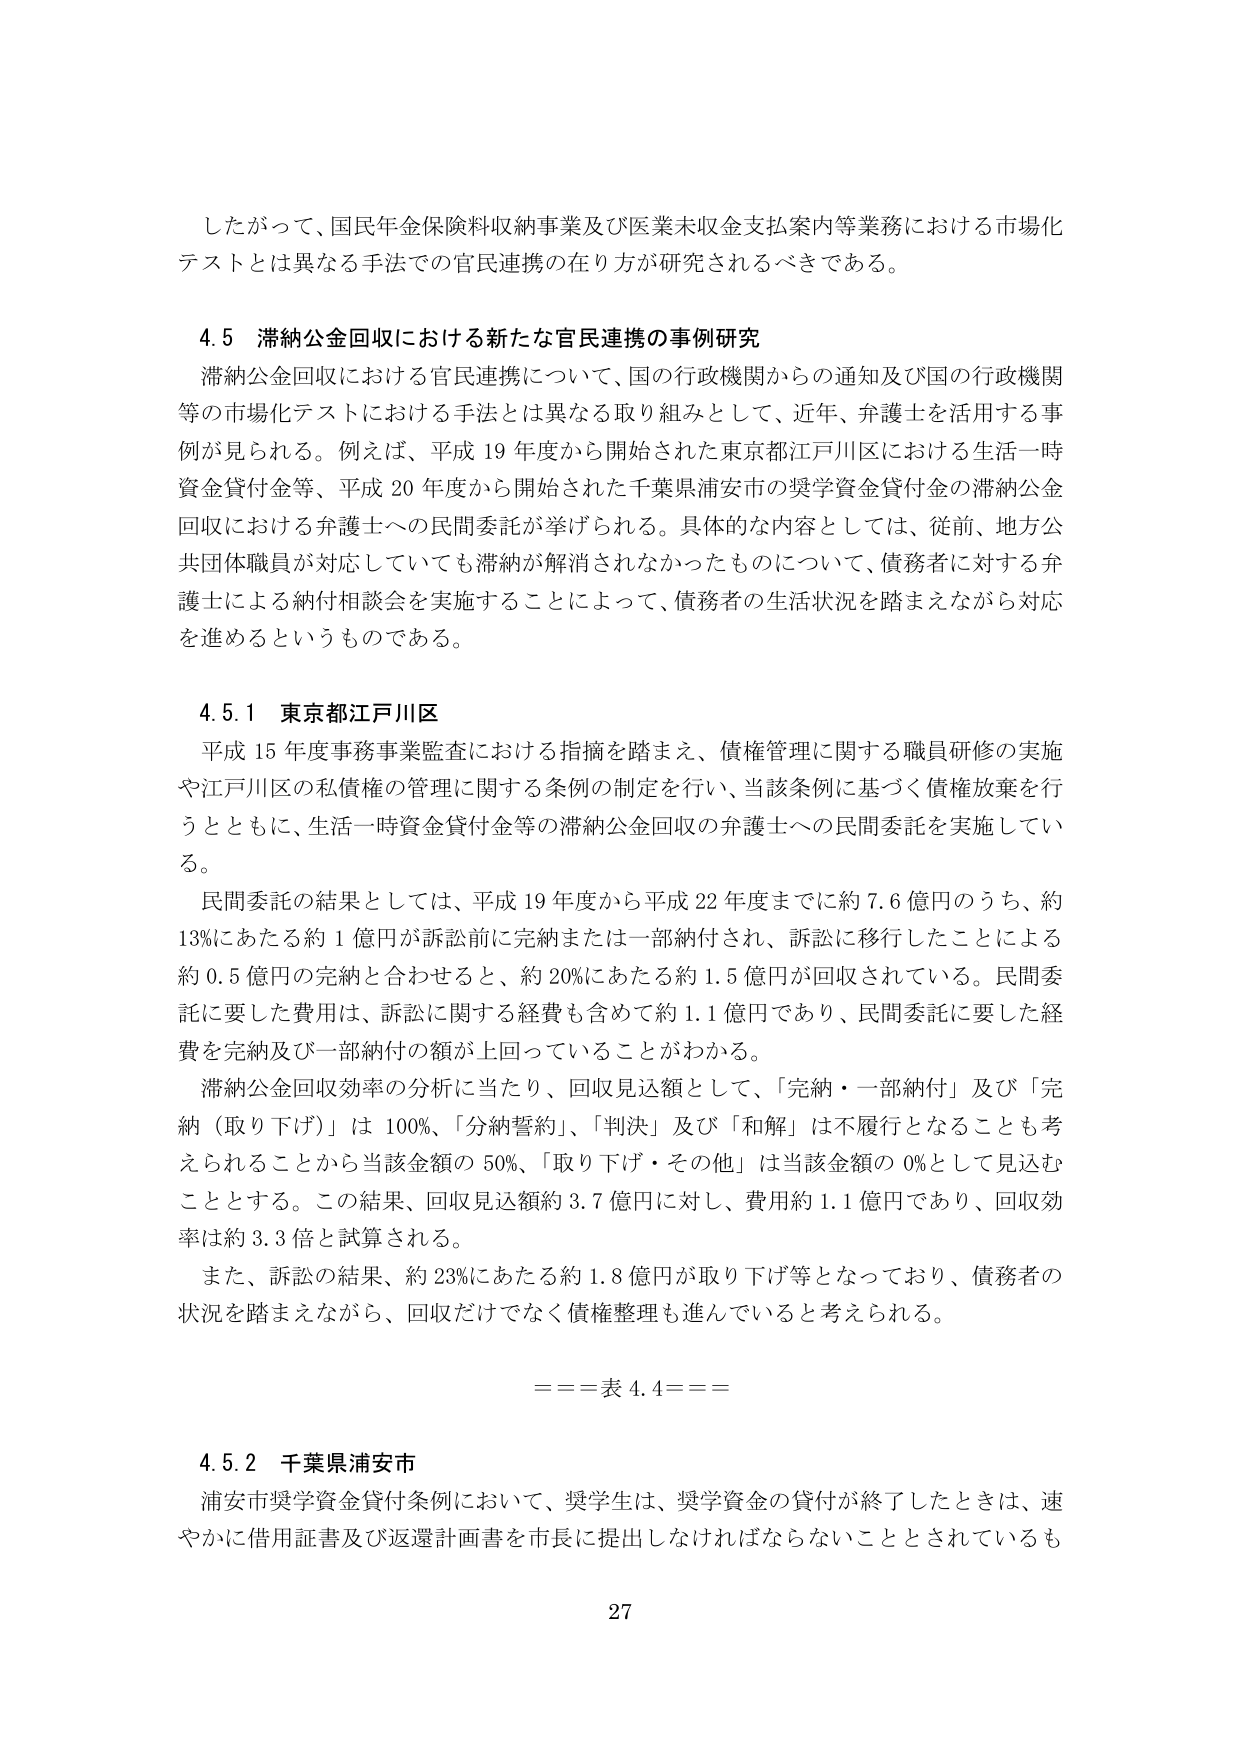
したがって、国民年金保険料収納事業及び医業未収金支払案内等業務における市場化テストとは異なる手法での官民連携の在り方が研究されるべきである。

4.5 滞納公金回収における新たな官民連携の事例研究
滞納公金回収における官民連携について、国の行政機関からの通知及び国の行政機関等の市場化テストにおける手法とは異なる取り組みとして、近年、弁護士を活用する事例が見られる。例えば、平成19年度から開始された東京都江戸川区における生活一時資金貸付金等、平成20年度から開始された千葉県浦安市の奨学資金貸付金の滞納公金回収における弁護士への民間委託が挙げられる。具体的な内容としては、従前、地方公共団体職員が対応していても滞納が解消されなかったものについて、債務者に対する弁護士による納付相談会を実施することによって、債務者の生活状況を踏まえながら対応を進めるというものである。

4.5.1 東京都江戸川区
平成15年度事務事業監査における指摘を踏まえ、債権管理に関する職員研修の実施や江戸川区の私債権の管理に関する条例の制定を行い、当該条例に基づく債権放棄を行うとともに、生活一時資金貸付金等の滞納公金回収の弁護士への民間委託を実施している。
民間委託の結果としては、平成19年度から平成22年度までに約7.6億円のうち、約13%にあたる約1億円が訴訟前に完納または一部納付され、訴訟に移行したことによる約0.5億円の完納と合わせると、約20%にあたる約1.5億円が回収されている。民間委託に要した費用は、訴訟に関する経費も含めて約1.1億円であり、民間委託に要した経費を完納及び一部納付の額が上回っていることがわかる。
滞納公金回収効率の分析に当たり、回収見込額として、「完納・一部納付」及び「完納（取り下げ）」は100%、「分納誓約」、「判決」及び「和解」は不履行となることも考えられることから当該金額の50%、「取り下げ・その他」は当該金額の0%として見込むこととする。この結果、回収見込額約3.7億円に対し、費用約1.1億円であり、回収効率は約3.3倍と試算される。
また、訴訟の結果、約23%にあたる約1.8億円が取り下げ等となっており、債務者の状況を踏まえながら、回収だけでなく債権整理も進んでいると考えられる。

===表4.4===

4.5.2 千葉県浦安市
浦安市奨学資金貸付条例において、奨学生は、奨学資金の貸付が終了したときは、速やかに借用証書及び返還計画書を市長に提出しなければならないこととされているも

27